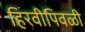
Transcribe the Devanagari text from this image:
हिरवीपिवळी